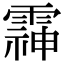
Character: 䨩